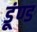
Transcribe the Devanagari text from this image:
डूंण्ड